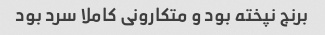
برنج نپخته بود و متکارونی کاملا سرد بود